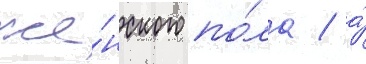
же́нского по́ла / а́